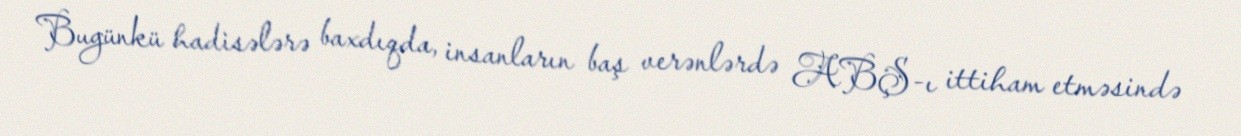
Bugünkü hadisələrə baxdıqda, insanların baş verənlərdə ABŞ-ı ittiham etməsində